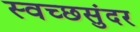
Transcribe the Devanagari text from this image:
स्वच्छसुंदर